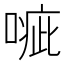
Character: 𠹂